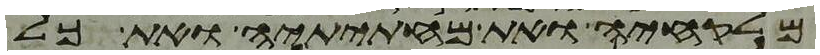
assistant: מלקחיה ואת מחתיתיה ואת כל